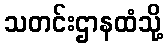
သတင်းဌာနထံသို့